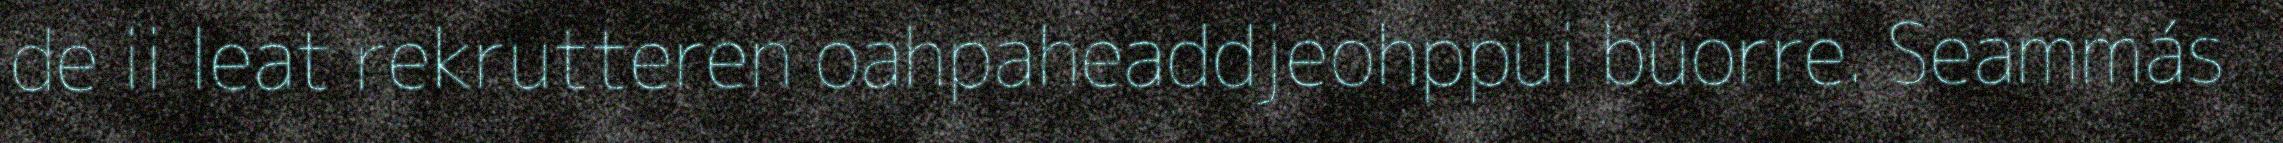
de ii leat rekrutteren oahpaheaddjeohppui buorre. Seammás